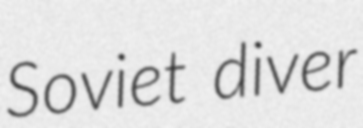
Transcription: Soviet diver